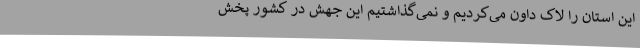
این استان را لاک‌ داون می‌کردیم و نمی‌گذاشتیم این جهش در کشور پخش